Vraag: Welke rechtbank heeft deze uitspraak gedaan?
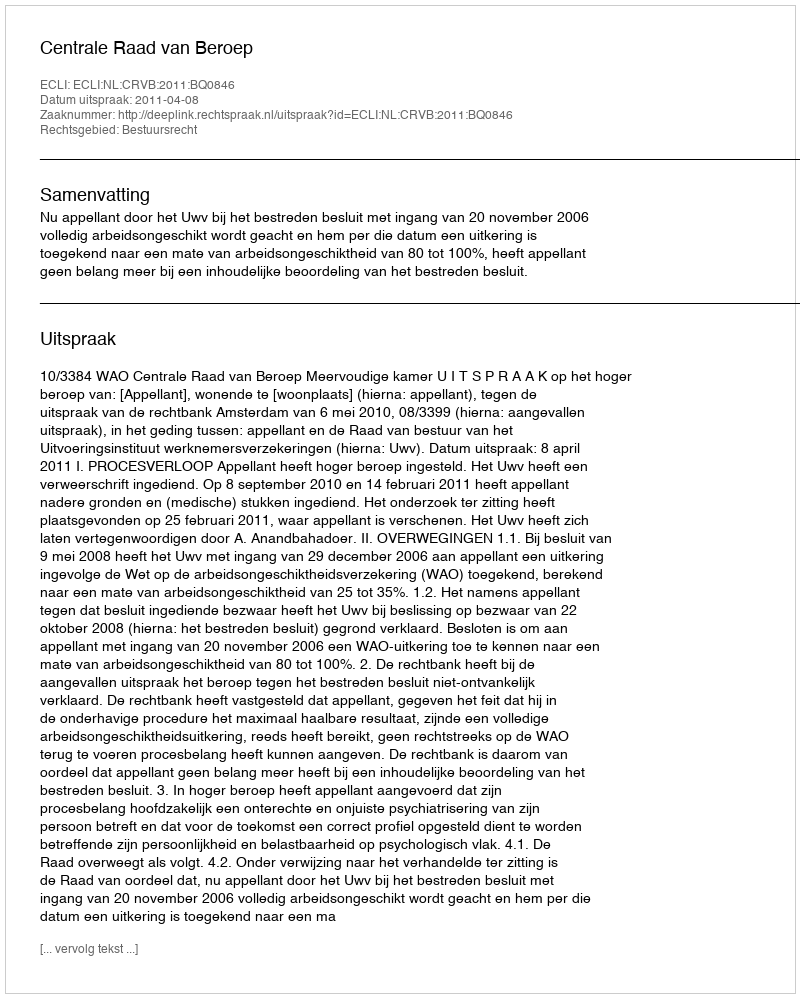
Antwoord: Centrale Raad van Beroep